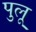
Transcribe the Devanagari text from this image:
पुलू